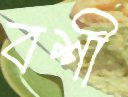
বশী